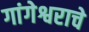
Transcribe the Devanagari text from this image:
गांगेश्वराचे